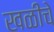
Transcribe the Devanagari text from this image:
खळीचे